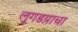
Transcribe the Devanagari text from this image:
लुगडय़ाचा